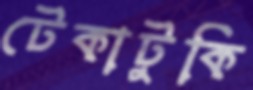
টেকাটুকি